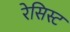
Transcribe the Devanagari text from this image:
रेसिस्ट